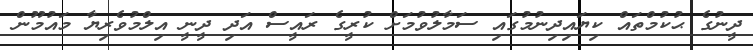
ދީނުގެ ޙުކުމްތައް ކިޔައިދިނުމުގައި ސަމާލުވުމަށް ކުރީގެ ރައީސް އަދި ދީނީ އިލްމުވެރިޔާ މައުމޫން